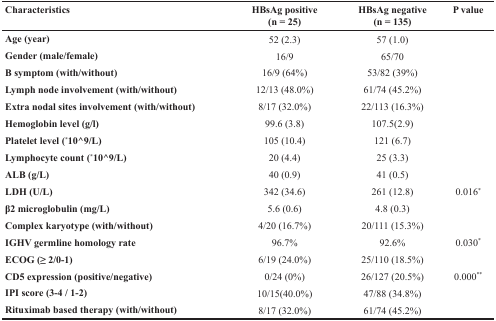
<table><thead><tr><td><b>Characteristics</b></td><td><b>HBsAg positive(n = 25)</b></td><td><b>HBsAg negative(n = 135)</b></td><td><b>P value</b></td></tr></thead><tbody><tr><td><b>Age (year)</b></td><td>52 (2.3)</td><td>57 (1.0)</td><td></td></tr><tr><td><b>Gender (male/female)</b></td><td>16/9</td><td>65/70</td><td></td></tr><tr><td><b>B symptom (with/without)</b></td><td>16/9 (64%)</td><td>53/82 (39%)</td><td></td></tr><tr><td><b>Lymph node involvement (with/without)</b></td><td>12/13 (48.0%)</td><td>61/74 (45.2%)</td><td></td></tr><tr><td><b>Extra nodal sites involvement (with/without)</b></td><td>8/17 (32.0%)</td><td>22/113 (16.3%)</td><td></td></tr><tr><td><b>Hemoglobin level (g/l)</b></td><td>99.6 (3.8)</td><td>107.5(2.9)</td><td></td></tr><tr><td><b>Platelet level (<sup>*</sup>10^9/L)</b></td><td>105 (10.4)</td><td>121 (6.7)</td><td></td></tr><tr><td><b>Lymphocyte count (<sup>*</sup>10^9/L)</b></td><td>20 (4.4)</td><td>25 (3.3)</td><td></td></tr><tr><td><b>ALB (g/L)</b></td><td>40 (0.9)</td><td>41 (0.5)</td><td></td></tr><tr><td><b>LDH (U/L)</b></td><td>342 (34.6)</td><td>261 (12.8)</td><td>0.016<sup>*</sup></td></tr><tr><td><b>β2 microglobulin (mg/L)</b></td><td>5.6 (0.6)</td><td>4.8 (0.3)</td><td></td></tr><tr><td><b>Complex karyotype (with/without)</b></td><td>4/20 (16.7%)</td><td>20/111 (15.3%)</td><td></td></tr><tr><td><b>IGHV germline homology rate</b></td><td>96.7%</td><td>92.6%</td><td>0.030<sup>*</sup></td></tr><tr><td><b>ECOG (≥ 2/0-1)</b></td><td>6/19 (24.0%)</td><td>25/110 (18.5%)</td><td></td></tr><tr><td><b>CD5 expression (positive/negative)</b></td><td>0/24 (0%)</td><td>26/127 (20.5%)</td><td>0.000<sup>**</sup></td></tr><tr><td><b>IPI score (3-4 / 1-2)</b></td><td>10/15(40.0%)</td><td>47/88 (34.8%)</td><td></td></tr><tr><td><b>Rituximab based therapy (with/without)</b></td><td>8/17 (32.0%)</td><td>61/74 (45.2%)</td><td></td></tr></tbody></table>